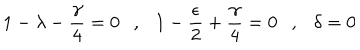
1 - \lambda - \frac { \gamma } { 4 } = 0 \ \ \ , \ \ \ 1 - \frac { \epsilon } { 2 } + \frac { \gamma } { 4 } = 0 \ \ \ , \ \ \ \delta = 0